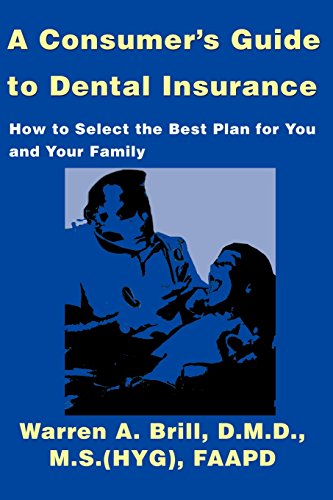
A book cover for A Consumer's Guide to Dental Insurance: How to Select the Best Plan for You and Your Family; Warren Brill; Medical Books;